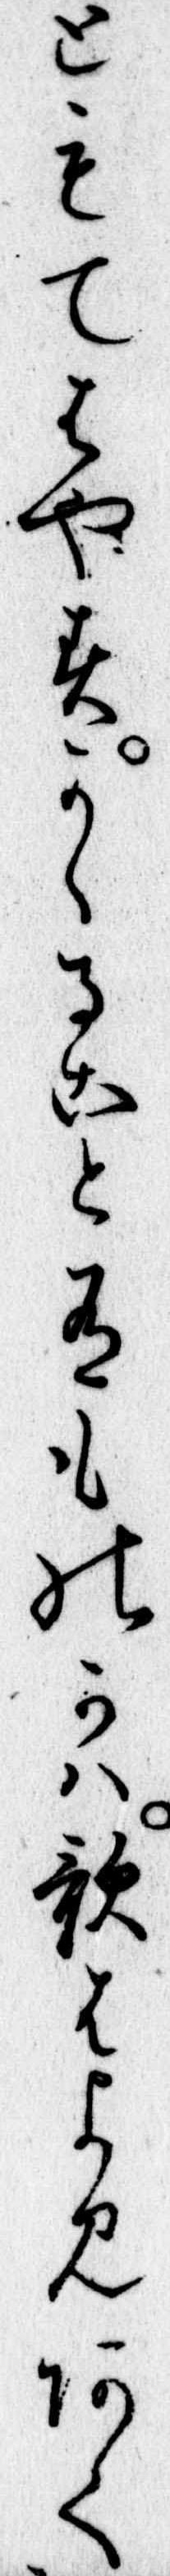
ともてはやすかゝること有ものかは歌はよみあく